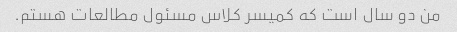
من دو سال است که کمیسر کلاس مسئول مطالعات هستم.